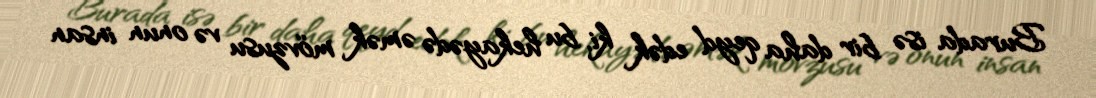
Burada isə bir daha qeyd edək ki, bu hekayədə əmək mövzusu və onun insan